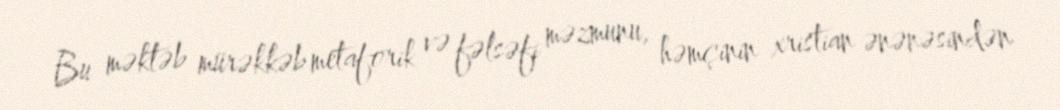
Bu məktəb mürəkkəb metaforik və fəlsəfi məzmunu, həmçinin xristian ənənəsindən